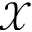
\mathcal X